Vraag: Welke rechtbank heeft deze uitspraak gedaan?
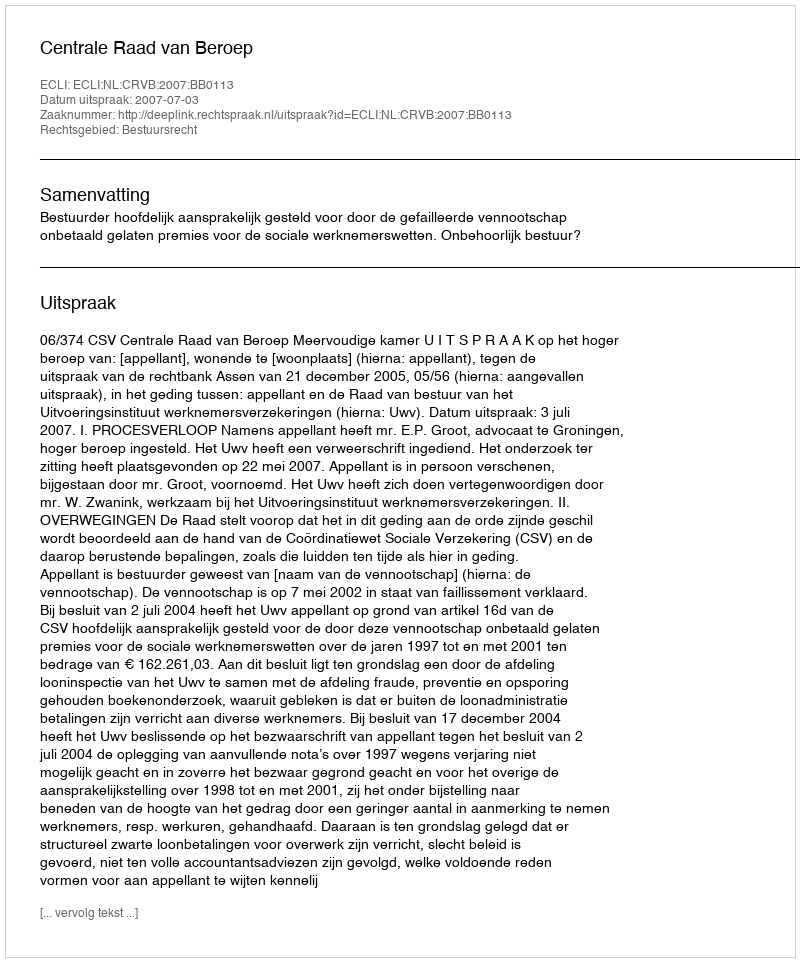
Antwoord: Centrale Raad van Beroep